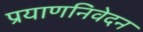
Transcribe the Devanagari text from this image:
प्रयाणनिवेदन